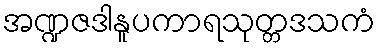
အဏ္ဍဇဒါနူပကာရသုတ္တဒသကံ